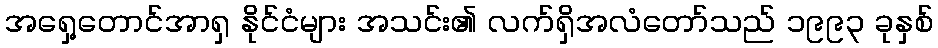
အရှေ့တောင်အာရှ နိုင်ငံများ အသင်း၏ လက်ရှိအလံတော်သည် ၁၉၉၃ ခုနှစ်